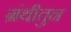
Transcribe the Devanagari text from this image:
ग्रंथीतुन